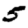
Digit: 5